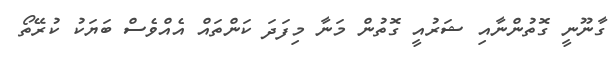
ގާނޫނީ ގޮތުންނާއި ޝަރުއީ ގޮތުން މަނާ މިފަދަ ކަންތައް އެއްވެސް ބަޔަކު ކުރޭތޯ